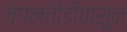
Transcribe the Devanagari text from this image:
जंगलतोडीपासून